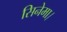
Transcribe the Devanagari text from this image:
सिनेमा।